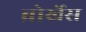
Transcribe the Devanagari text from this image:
ब्रोर्खेस